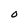
Character: O